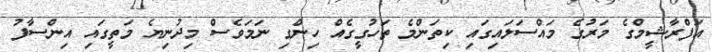
އަފްރާޝީމްގެ މަރުގެ މައްސަލައިގައި ކިތަންމެ ތަހުގީގެއް ހިންގި ނަމަވެސް މިދުނިޔެ މަތީގައި އިންސާފު